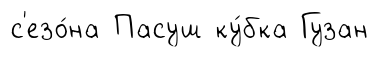
с'езо́на Пасуш ку́бка Гузан